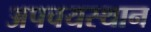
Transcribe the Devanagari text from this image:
अपचयस्थान